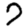
Digit: 7